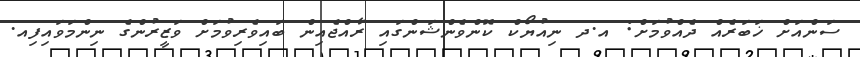
ސަންއަށް ޚަބަރެއް ދެއްވުމަށް: އ.ދ ނިއުޔޯކް ކޮންވެންޝަންގައި ރާއްޖެއިން ބައިވެރިވުމަށް ވަޒީރުންގެ ނިންމަވައިފިއ.